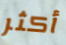
أكثر